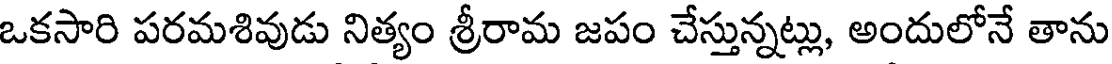
ఒకసారి పరమశివుడు నిత్యం శ్రీరామ జపం చేస్తున్నట్లు, అందులోనే తాను